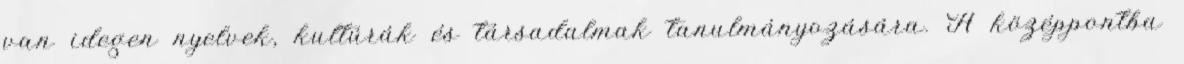
van idegen nyelvek, kultúrák és társadalmak tanulmányozására. A középpontba